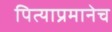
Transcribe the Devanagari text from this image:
पित्याप्रमानेच